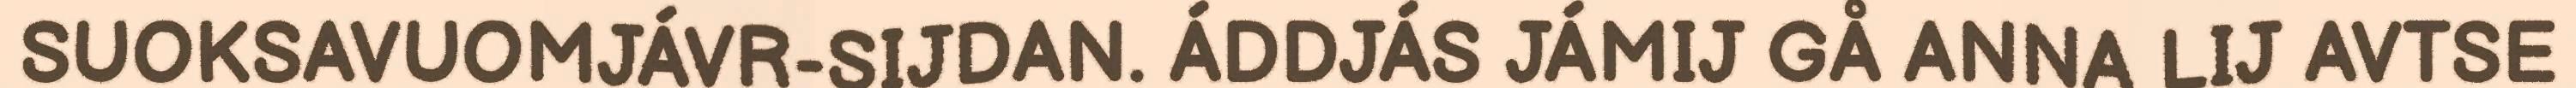
SUOKSAVUOMJÁVR-SIJDAN. ÁDDJÁS JÁMIJ GÅ ANNA LIJ AVTSE